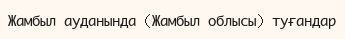
Жамбыл ауданында (Жамбыл облысы) туғандар